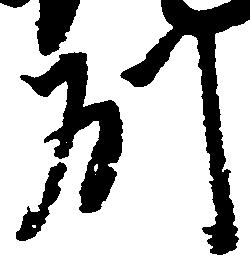
州